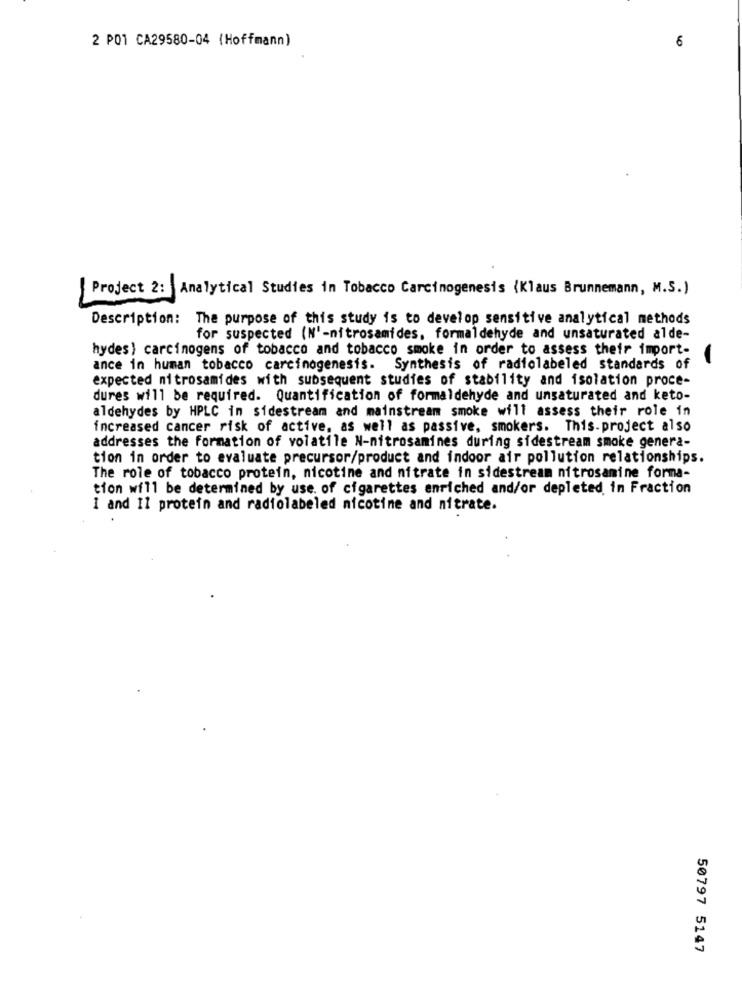
2 POI CA29580-04 (Hoffmann)
6
Project 2:
Analytical Studies in Tobacco Carcinogenesis (Klaus Brunnemann, M.S.)
Description: The purpose of this study is to develop sensitive analytical methods
for suspected (N'-nitrosamides, formaldehyde and unsaturated alde-
hydes} carcinogens of tobacco and tobacco smoke in order to assess their import-
-
ance in human tobacco carcinogenesis. Synthesis of radiolabeled standards of
expected mitrosamides with subsequent studies of stability and isolation proce-
dures will be required. Quantification of formaldehyde and unsaturated and keto-
aldehydes by HPLC in sidestream and mainstream smoke will assess their role in
increased cancer risk of active, as well as passive, smokers. This. project also
addresses the formation of volatile N-nitrosamines during sidestream smoke genera-
tion in order to evaluate precursor/product and indoor air pollution relationships.
The role of tobacco protein, nicotine and nitrate in sidestream nitrosamine forma-
tion will be determined by use of cigarettes enriched and/or depleted in Fraction
I and 11 protein and radiolabeled nicotine and nitrate.
50797 5147